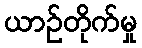
ယာဉ်တိုက်မှု